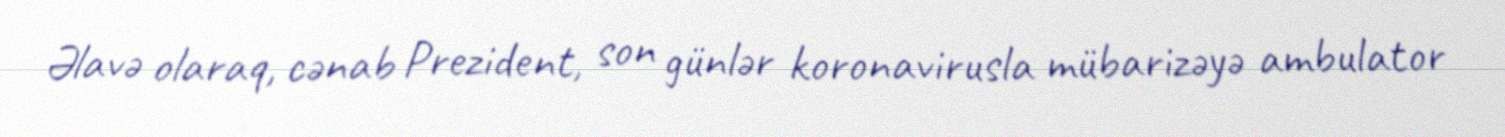
Əlavə olaraq, cənab Prezident, son günlər koronavirusla mübarizəyə ambulator